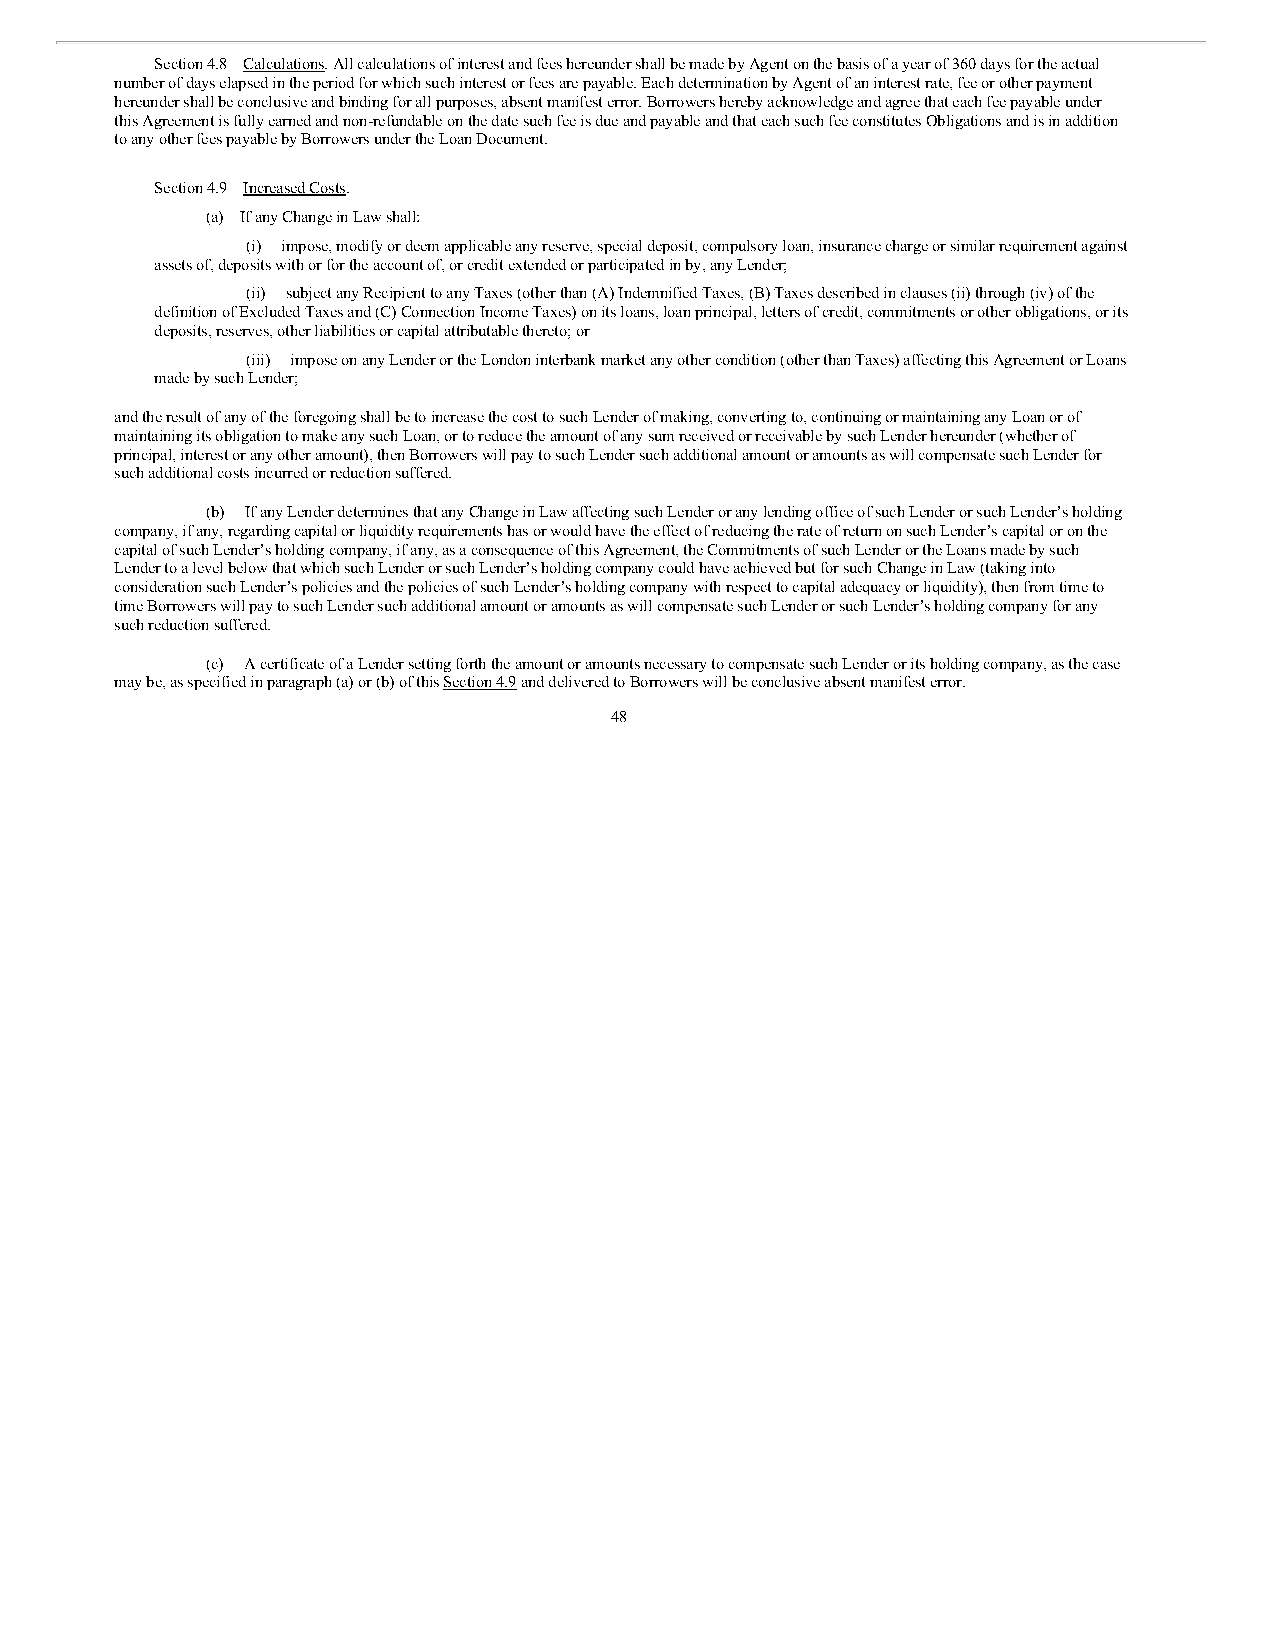
Section 4.8 Calculations. All calculations of interest and fees hereunder shall be made by Agent on the basis of a year of 360 days for the actual
 number of days elapsed in the period for which such interest or fees are payable. Each determination by Agent of an interest rate, fee or other payment
 hereunder shall be conclusive and binding for all purposes, absent manifest error. Borrowers hereby acknowledge and agree that each fee payable under
 this Agreement is fully earned and non-refundable on the date such fee is due and payable and that each such fee constitutes Obligations and is in addition
 to any other fees payable by Borrowers under the Loan Document.
 Section 4.9 Increased Costs.
 (a) If any Change in Law shall:
 (i) impose, modify or deem applicable any reserve, special deposit, compulsory loan, insurance charge or similar requirement against
 assets of, deposits with or for the account of, or credit extended or participated in by, any Lender;
 (ii) subject any Recipient to any Taxes (other than (A) Indemnified Taxes, (B) Taxes described in clauses (ii) through (iv) of the
 definition of Excluded Taxes and (C) Connection Income Taxes) on its loans, loan principal, letters of credit, commitments or other obligations, or its
 deposits, reserves, other liabilities or capital attributable thereto; or
 (iii) impose on any Lender or the London interbank market any other condition (other than Taxes) affecting this Agreement or Loans
 made by such Lender;
 and the result of any of the foregoing shall be to increase the cost to such Lender of making, converting to, continuing or maintaining any Loan or of
 maintaining its obligation to make any such Loan, or to reduce the amount of any sum received or receivable by such Lender hereunder (whether of
 principal, interest or any other amount), then Borrowers will pay to such Lender such additional amount or amounts as will compensate such Lender for
 such additional costs incurred or reduction suffered.
 (b) If any Lender determines that any Change in Law affecting such Lender or any lending office of such Lender or such Lender’s holding
 company, if any, regarding capital or liquidity requirements has or would have the effect of reducing the rate of return on such Lender’s capital or on the
 capital of such Lender’s holding company, if any, as a consequence of this Agreement, the Commitments of such Lender or the Loans made by such
 Lender to a level below that which such Lender or such Lender’s holding company could have achieved but for such Change in Law (taking into
 consideration such Lender’s policies and the policies of such Lender’s holding company with respect to capital adequacy or liquidity), then from time to
 time Borrowers will pay to such Lender such additional amount or amounts as will compensate such Lender or such Lender’s holding company for any
 such reduction suffered.
 (c) A certificate of a Lender setting forth the amount or amounts necessary to compensate such Lender or its holding company, as the case
 may be, as specified in paragraph (a) or (b) of this Section 4.9 and delivered to Borrowers will be conclusive absent manifest error.
 48